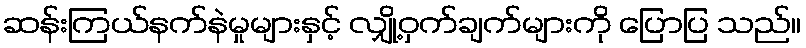
ဆန်းကြယ်နက်နဲမှုများနှင့် လျှို့ဝှက်ချက်များကို ပြောပြ သည်။